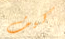
كيف